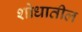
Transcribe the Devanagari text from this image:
शोधातील